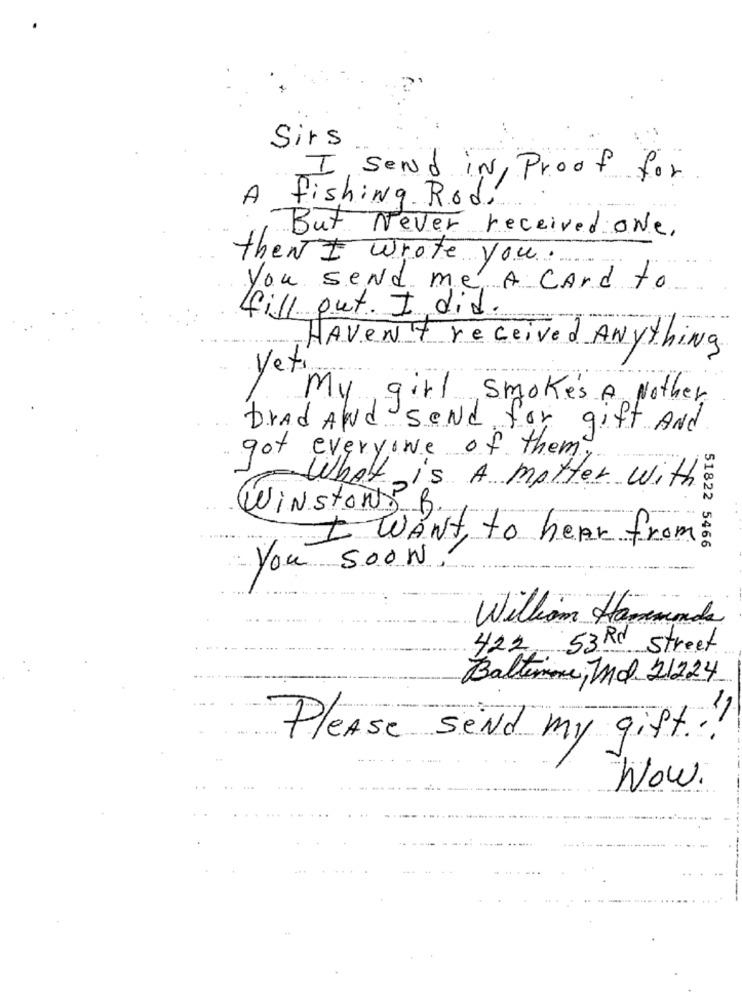
Sirs
I Send in, Proof for
A fishing Rod.
....
But Never received one,
then I wrote you.
You send me A card to
fill out. I did
HAVEN'T received Anything
yeti
My girl smokes A Nother
brAd And send for gift And
..
got everyone of them,
What is A matter with
Winstony B.
I WANT to hear from
51822 5466
You Soon
William Hammonds
422, 53Rd Street
Baltimore, Md 21224
Please send my gift!
Now.